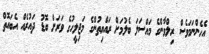
އެހެންނަމަވެސް ރިލްވާންގެ މައްސަލަ ބެލުމަށް ރައްޔިތުންގެ މަޖިލީހުގެ ވަރަށް ބޮޑު ދައުރެއް އެބައޮތް